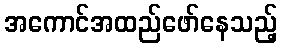
အကောင်အထည်ဖော်နေသည့်